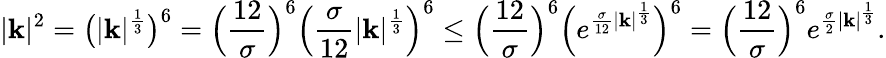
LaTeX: |\mathbf{k}|^{2}=\big(|\mathbf{k}|^{\frac{{1}}{{3}}}\big)^{6}=\Big(\frac{{12}}{{\sigma}}\Big)^{6}\Big(\frac{{\sigma}}{{12}}|\mathbf{k}|^{\frac{{1}}{{3}}}\Big)^{6}\leq\Big(\frac{{12}}{{\sigma}}\Big)^{6}\Big(e^{\frac{{\sigma}}{{12}}|\mathbf{k}|^{\frac{{1}}{{3}}}}\Big)^{6}=\Big(\frac{{12}}{{\sigma}}\Big)^{6}e^{\frac{{\sigma}}{{2}}|\mathbf{k}|^{\frac{{1}}{{3}}}}.